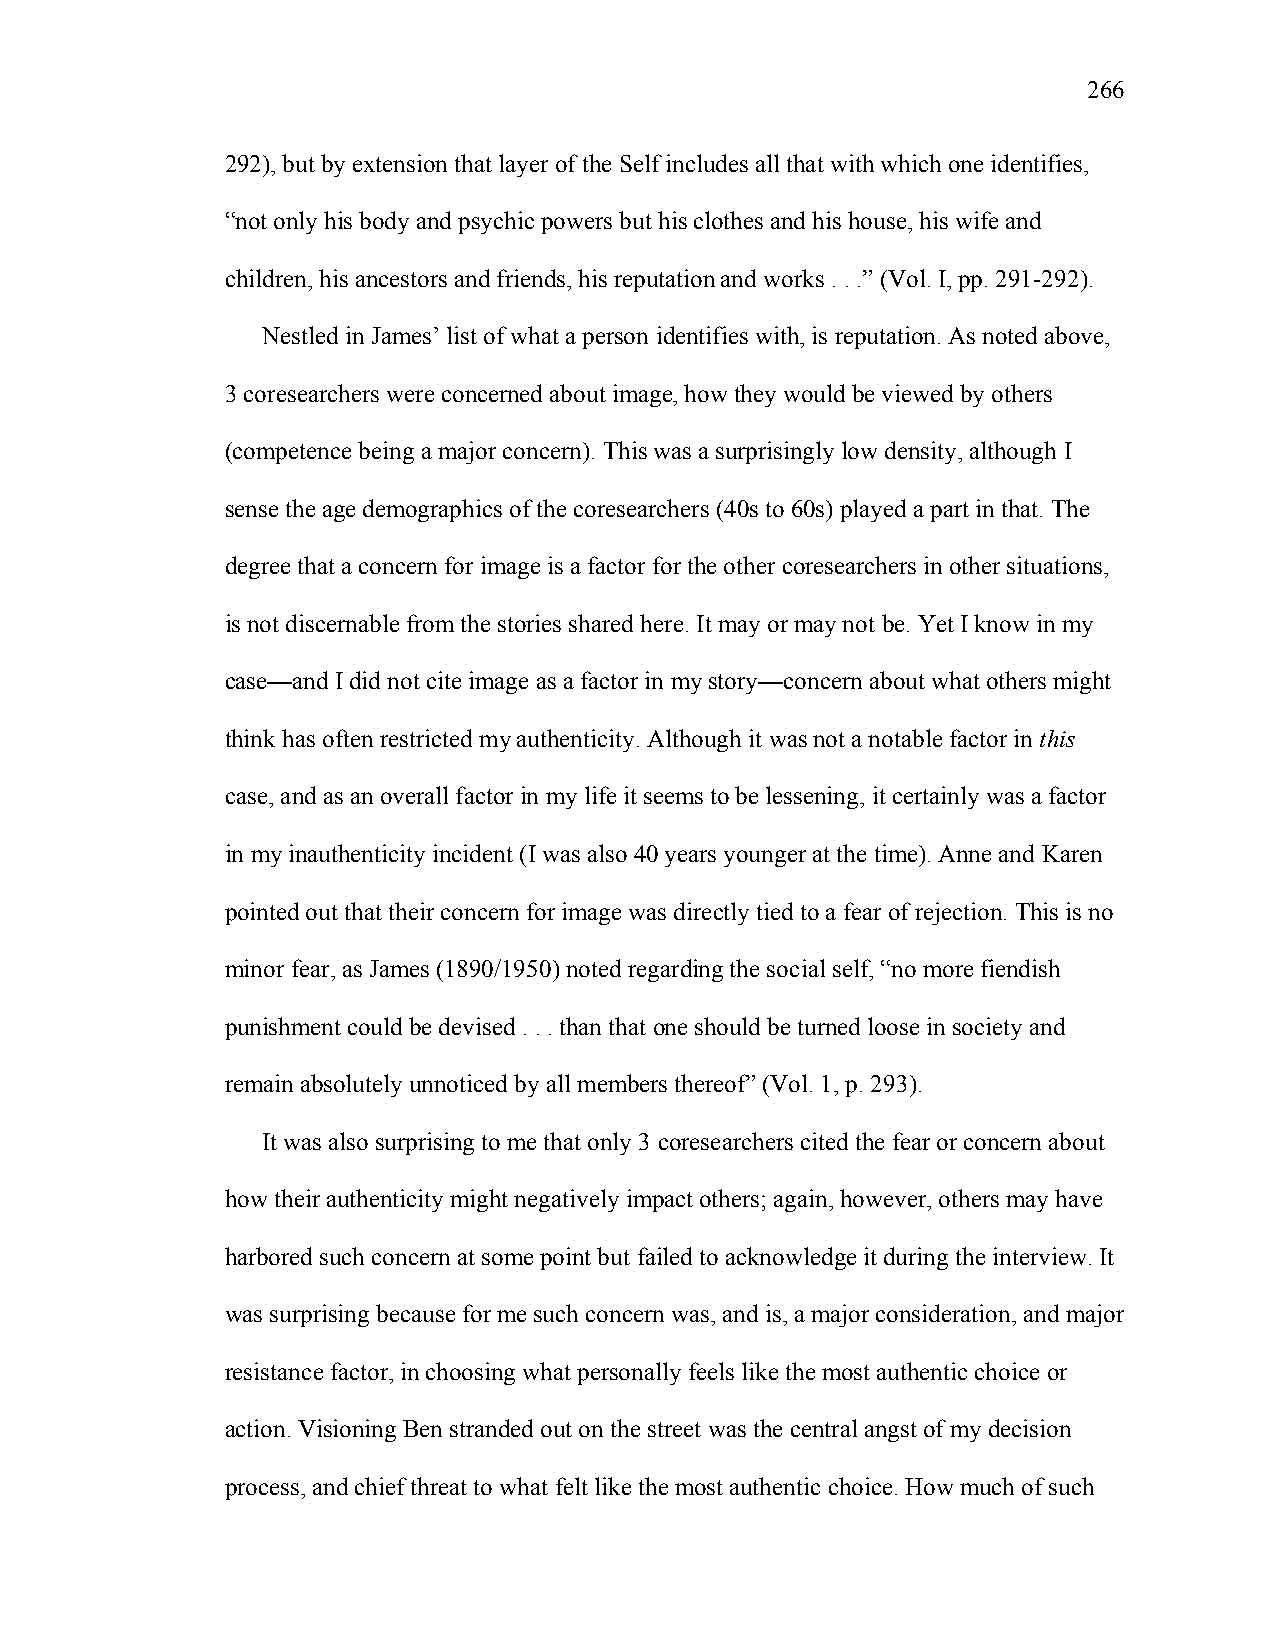
266
 292), but by extension that layer of the Self includes all that with which one identifies,
 “not only his body and psychic powers but his clothes and his house, his wife and
 children, his ancestors and friends, his reputation and works . . .” (Vol. I, pp. 291-292).
 Nestled in James’ list of what a person identifies with, is reputation. As noted above,
 3 coresearchers were concerned about image, how they would be viewed by others
 (competence being a major concern). This was a surprisingly low density, although I
 sense the age demographics of the coresearchers (40s to 60s) played a part in that. The
 degree that a concern for image is a factor for the other coresearchers in other situations,
 is not discernable from the stories shared here. It may or may not be. Yet I know in my
 case—and I did not cite image as a factor in my story—concern about what others might
 think has often restricted my authenticity. Although it was not a notable factor in this
 case, and as an overall factor in my life it seems to be lessening, it certainly was a factor
 in my inauthenticity incident (I was also 40 years younger at the time). Anne and Karen
 pointed out that their concern for image was directly tied to a fear of rejection. This is no
 minor fear, as James (1890/1950) noted regarding the social self, “no more fiendish
 punishment could be devised . . . than that one should be turned loose in society and
 remain absolutely unnoticed by all members thereof” (Vol. 1, p. 293).
 It was also surprising to me that only 3 coresearchers cited the fear or concern about
 how their authenticity might negatively impact others; again, however, others may have
 harbored such concern at some point but failed to acknowledge it during the interview. It
 was surprising because for me such concern was, and is, a major consideration, and major
 resistance factor, in choosing what personally feels like the most authentic choice or
 action. Visioning Ben stranded out on the street was the central angst of my decision
 process, and chief threat to what felt like the most authentic choice. How much of such